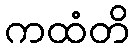
ကထံတိ